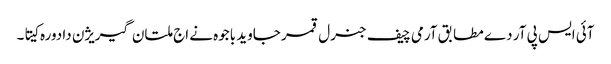
آئی ایس پی آر دے مطابق آرمی چیف جنرل قمر جاوید باجوہ نے اج ملتان گیریژن دا دورہ کیتا۔